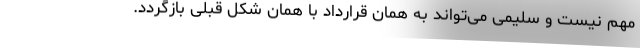
مهم نیست و سلیمی می‌تواند به همان قرارداد با همان شکل قبلی بازگردد.